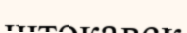
штокавск